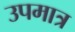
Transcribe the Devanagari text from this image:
उपमात्र